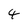
Character: 4